Report of the Municipal Commissioner on the plague in Bombay for the year ending 31st May... - Volume 1
Disease focus: Plague
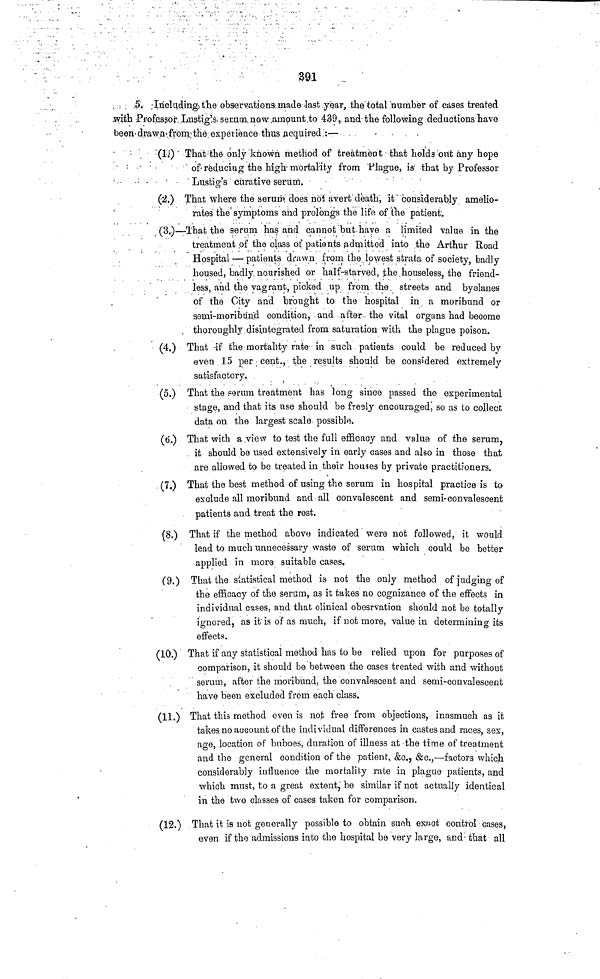
391
5. Including) the observations: made last year, the total "number of cases treated
jvith Professor Lnstig's serum now amount to 439, and the following deductions have
been-drawn from the experience thus acquired.':—
(1.) That the only known method of treatment that holds ont any hope
of reducing the high mortality from Plague, is that by Professor
Lustig's curative serum.
(á.) That where the serum does not avert death, it considerably amelio-
rates the symptoms and prolongs the life of the patient.
(3.)—That the serum has and cannot but have a limited value in the
treatment of the class of patients admitted into the Arthur Road
Hospital — patients di-awn from the lowest strata of society, badly
housed, badly nourished or half-starved, the houseless, the friend-
less, and the vagrant, picked up from the streets and byelanes
of the City and brought to the hospital in a moribund or
semi-moribun.d condition, and after the vital organs had become
thoroughly disintegrated from saturation with the plague poison.
(4.) That if the mortality rate· in such patients could be reduced by
even 15 per cent., the results should be considered extremely
satisfactory.
(5.) That the ΡΘmm treatment has long since passed the experimental
stage, and that its use should be fresly encouraged, so as to collect;
data on the largest scale possible.
(ti.) That with a view to test the full efficacy and value of the serum,
it should be used extensively in early cases and also in those that
are allowed to be treated in their houses by private practitioners.
(7.) That the best method of using the serum in hospital practice is to
exclude all moribund and all convalescent and semi-convalescent
patients and treat the rest.
(8.) That if the method above indicated were not followed, it would
lead to much unnecessary waste of serum which could be better
applied in more suitable cases.
(9.) That the statistical method is not the only method of judging of
the efficacy of the serum, as it takes no cognizance of the effects in
individual cases, and that clinical obesrvation should not be totally
ignored, as it'is o'f as much, if not more, value in determining its
effects.
(10.) That if any statistical method has to be relied upon for purposes of
comparison, it should be between the cases treated with and without
serum, after the moribund, the convalescent and semi-convalescent
have been excluded from each class.
(11.) That this method even is not free from objections, inasmuch as it
takes no account of the individual differences in castes and races, sex,
age, location of buboes, duration of illness at the time of treatment
and the general condition of the patient, &c., &c.,—factors which
considerably influence the mortality rate in plague patients, and
which must, to a great extent, be similar if not actually identical
in the two classes of c t ases taken for comparison.
(12.) That it is not generally possible to obtain such exiict control cases,
even if the admissions into the hospital be very large, and that all